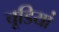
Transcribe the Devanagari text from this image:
चूडियां